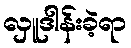
လှူဒါန်းခဲ့ရာ